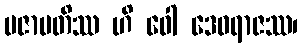
ပဇာပတိဿ ဟိ ဝေါ ဒေဝရာဇဿ၊